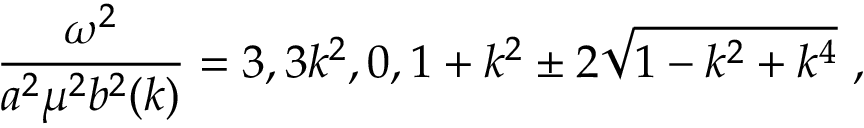
\frac { \omega ^ { 2 } } { a ^ { 2 } \mu ^ { 2 } b ^ { 2 } ( k ) } = 3 , 3 k ^ { 2 } , 0 , 1 + k ^ { 2 } \pm 2 \sqrt { 1 - k ^ { 2 } + k ^ { 4 } } ~ ,